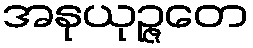
အနုယုဉ္ဇတေ